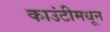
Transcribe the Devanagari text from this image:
काउंटीमधून